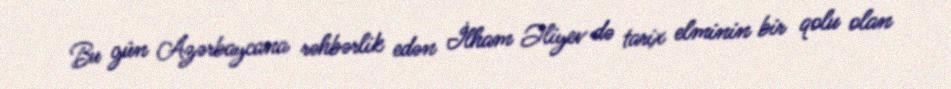
Bu gün Azərbaycana rəhbərlik edən İlham Əliyev də tarix elminin bir qolu olan